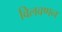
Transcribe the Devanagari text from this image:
विलवणन